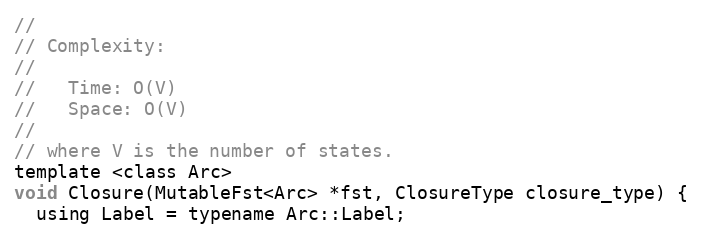
Language: C
//
// Complexity:
//
//   Time: O(V)
//   Space: O(V)
//
// where V is the number of states.
template <class Arc>
void Closure(MutableFst<Arc> *fst, ClosureType closure_type) {
  using Label = typename Arc::Label;